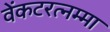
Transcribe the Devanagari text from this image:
वेंकटरत्नम्मा